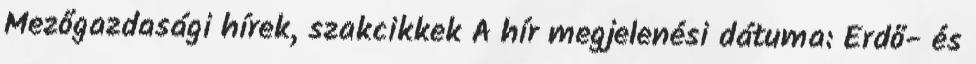
Mezőgazdasági hírek, szakcikkek A hír megjelenési dátuma: Erdő- és